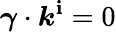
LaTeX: \boldsymbol{\gamma}\cdot\boldsymbol{k}^{\mathbf{i}}=0